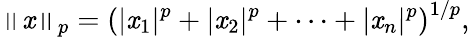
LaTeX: \left\| \mathit{x}\right\| _{p}=\left(|\mathit{x}_{1}|^{p}+|\mathit{x}_{2}|^{p}+\dotsb+|\mathit{x}_{n}|^{p}\right)^{1/p},